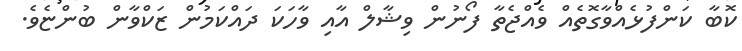
ކޮބާ ކަންފުޅެއްވާގޮތެއް ވެއްޖެތާ ފޯނުން ވިޝާލް އާއި ވާހަކަ ދައްކަމުން ޒަކްވާން ބުންޏެވެ.